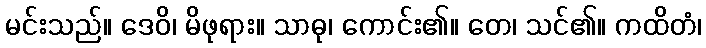
မင်းသည်။ ဒေဝိ၊ မိဖုရား။ သာဓု၊ ကောင်း၏။ တေ၊ သင်၏။ ကထိတံ၊